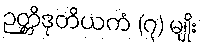
ဉတ္တိဒုတိယကံ (၇) မျိုး